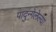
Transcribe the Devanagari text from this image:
पादुन्गेलेल्या